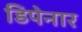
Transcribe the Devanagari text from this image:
डिपेनार